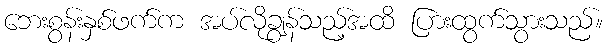
ဘေးစွန်းနှစ်ဖက်က အပ်လိုချွန်သည့်အထိ ပြားထွက်သွားသည်။